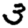
Digit: 3